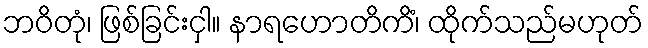
ဘဝိတုံ၊ ဖြစ်ခြင်းငှါ။ နာရဟောတိကိံ၊ ထိုက်သည်မဟုတ်